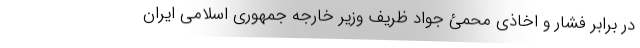
در برابر فشار و اخاذی محمئ جواد ظریف وزیر خارجه جمهوری اسلامی ایران